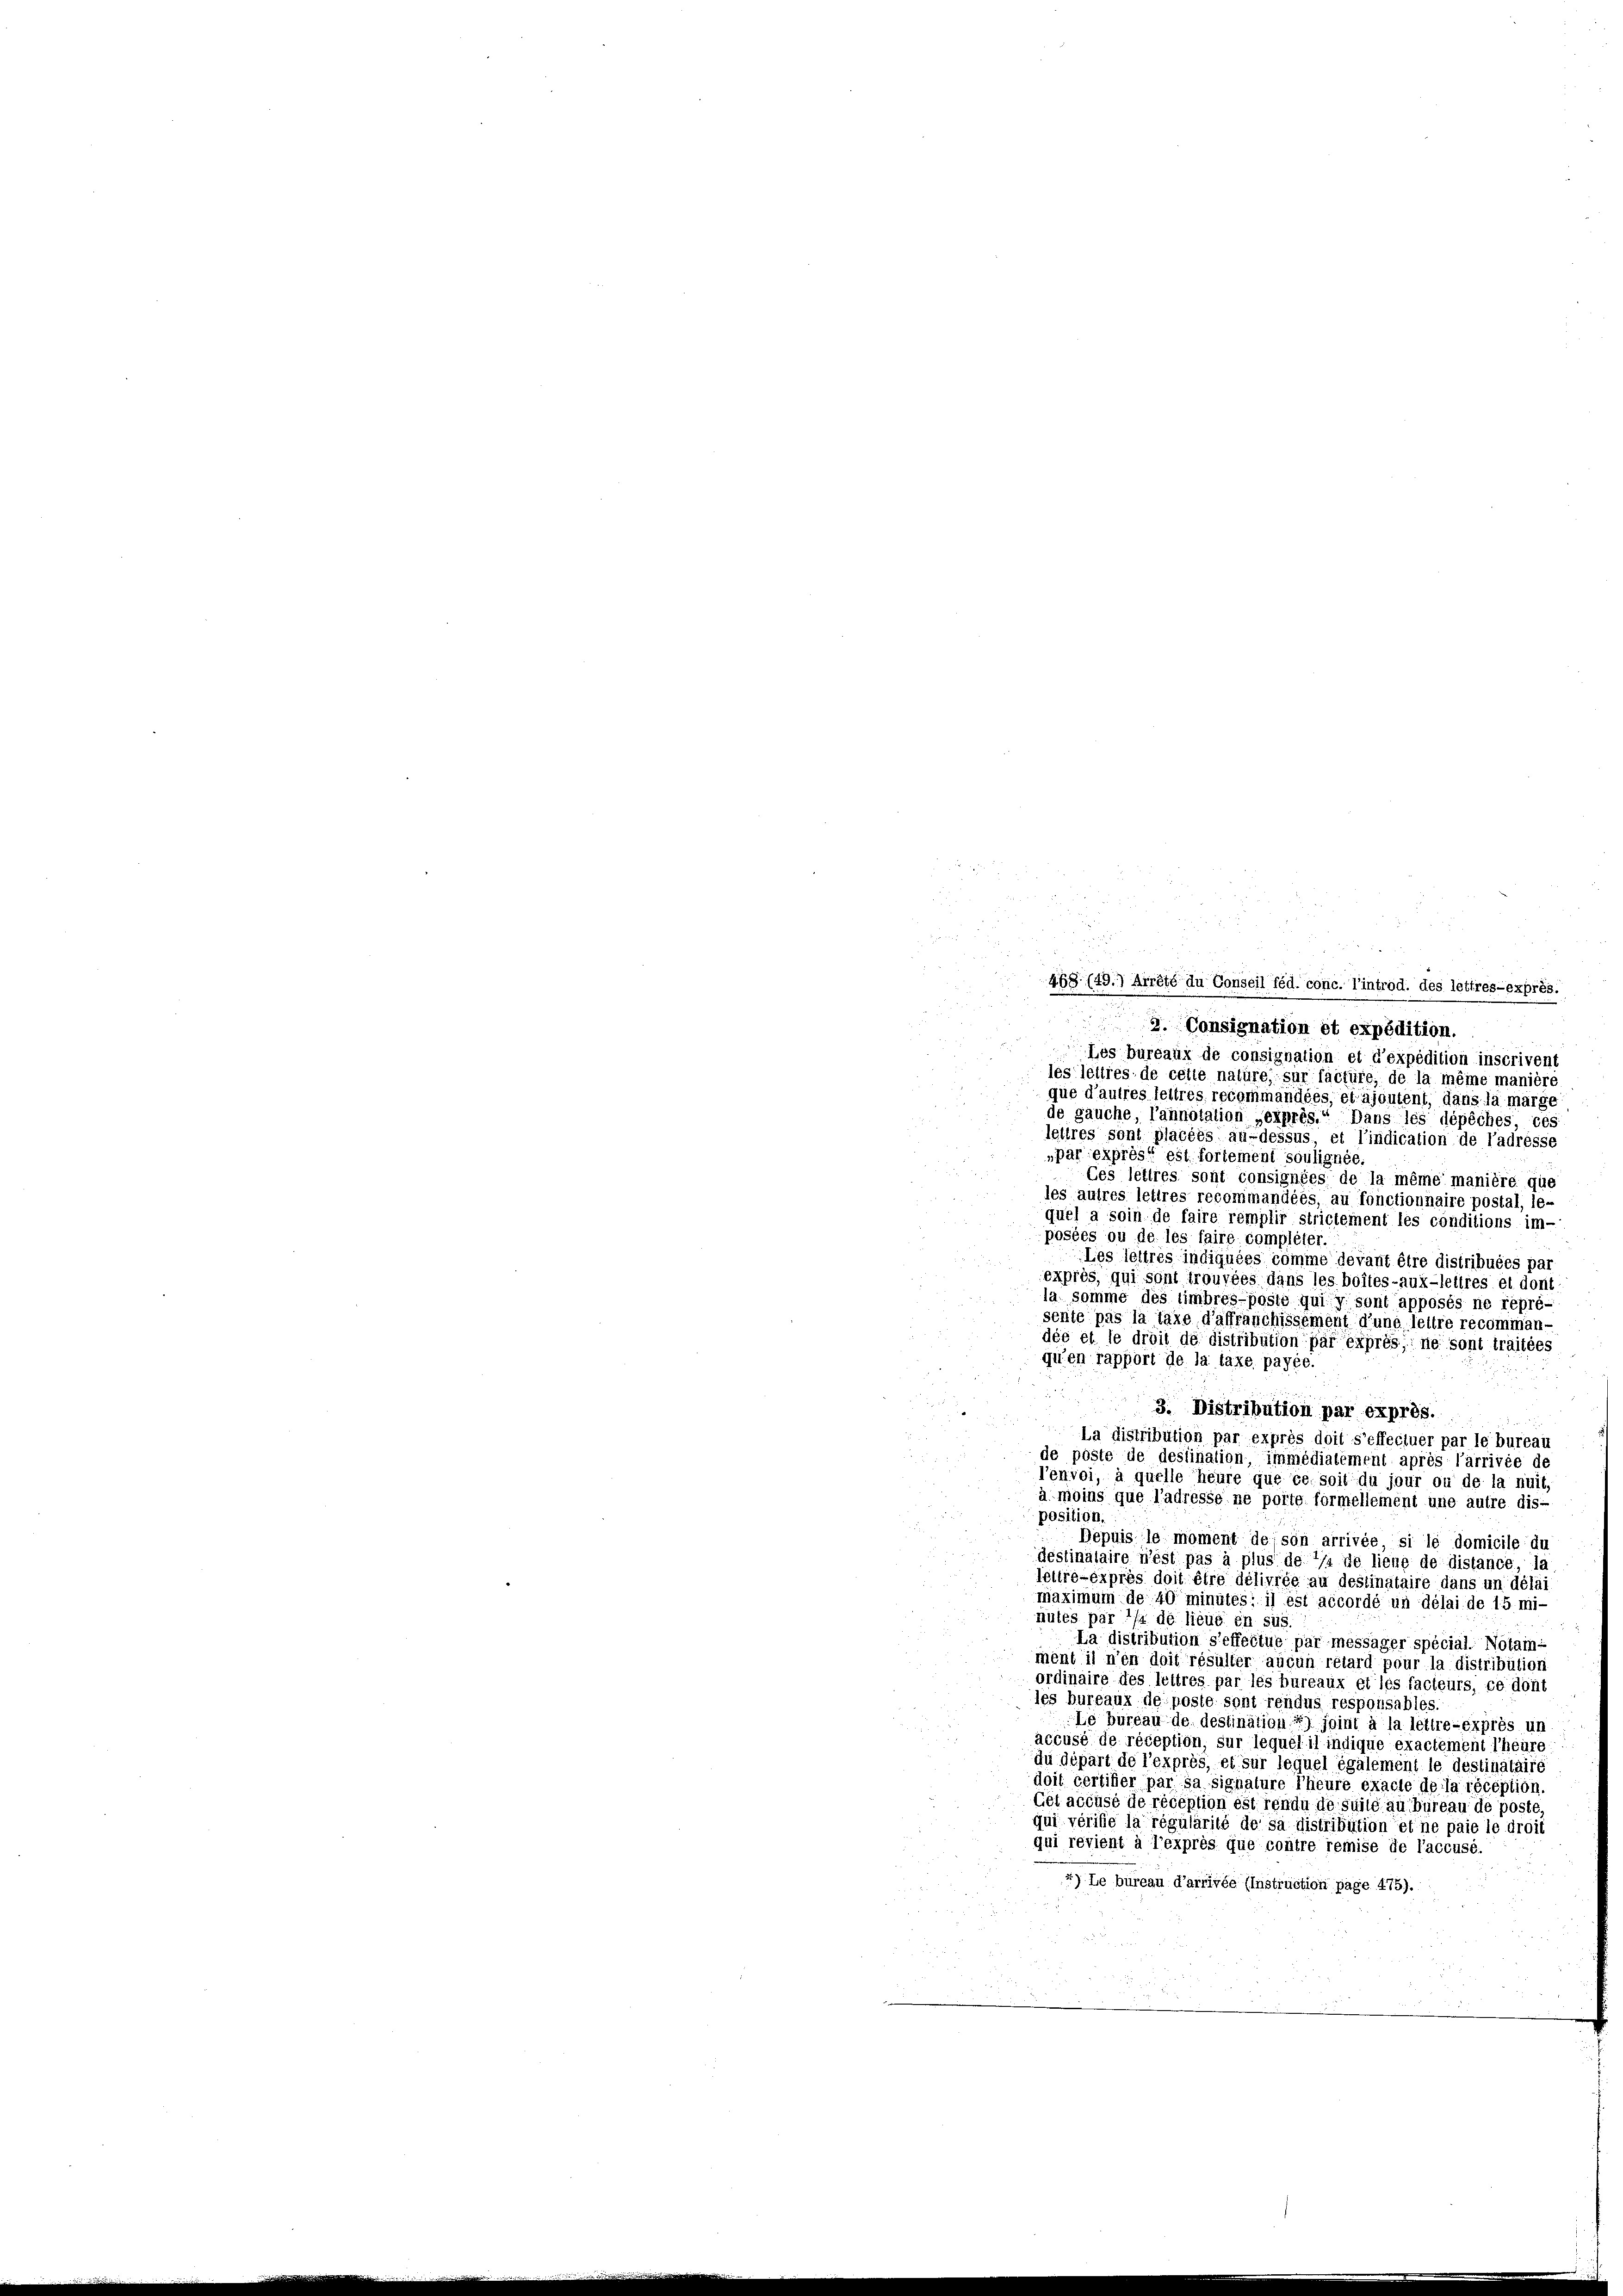
468 (49.) Arrêté du Conseil féd. conc. l’introd. des lettres-exprès.
2. Consignation et expédition.
i
Les bureaux de consignation et d’expédition inscrivent
les lettres de cette natüre, sur factüre, de la même manière
que d’autres seitres, recommandées, et ajoutent, dans la marge
de gauche, l’annotation exprès.“ Dans les dépêches ces
lelires sont placées au-dessus et l’indication de l’adresse
„par exprès est fortement soulignée.
Ces lettres sont consignées de la même manière que
les autres lettres recommandéés, au fonctionnaire postal, le-
quel a soin de faire remplir strictement les conditions im-
posées ou de les faire compléter.
Les lettres indiquées comme devant être distribuées par
exprès, qui sont trouvées dans les boites-aux-leitres et doni
la somme des timbres-poste qui y sont apposés ne repré-
sente pas la taxe d’affranchissement d’une, leitre recommandée et le droit de distribution par exprès, ne sont traitées
qu’en rapport de la taxe payée.
3. Distribution par exprès.
La distribution par exprès doit s’effectuer par le bureau
de poste de deslination immédialement après l’arrivée de
l’envoi, à quelle heure que és, soit du jour ou de la nuit,
à moins que l’adresse ne porte formellement une autre dis-
position.
Dépuis le moment des son arrivée si le domicile du
destinataire n’est pas à plus de 1/2 de lieng de distance, la
lettre-exprès doit être délivrée au dessinataire dans un délai
maximum de 40 minutes: 1) est accordé un délai de 15 mi-
nutes par */s de lieué en sis.
La distribution s’effectue par messager spécial. Notai
ment il n’en doit résulter aucun rétard pour la distribution
ordinaire des leitres par les bureaux et les facteurs, ce dont
les bureaux de poste sont rendus responsables.
Le bureau de destination) joint à la lettre-exprès un
accusé de réception, sur lequel il indique exactement Theure
du départ de l’exprès, et sur lequel également le destinataire
doit certiger par sa signature Theure exacle de la réception.
Cét accusé de réception est rendu de suite au bureau de poste
qui vérifie la régularité de sa distribution et ne paie le droit
qui revient à l’exprès que contre remise de l’accusé.
) Le büreau d’arrivée (Instruction page 475).